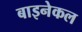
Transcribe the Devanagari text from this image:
बाइनेकल